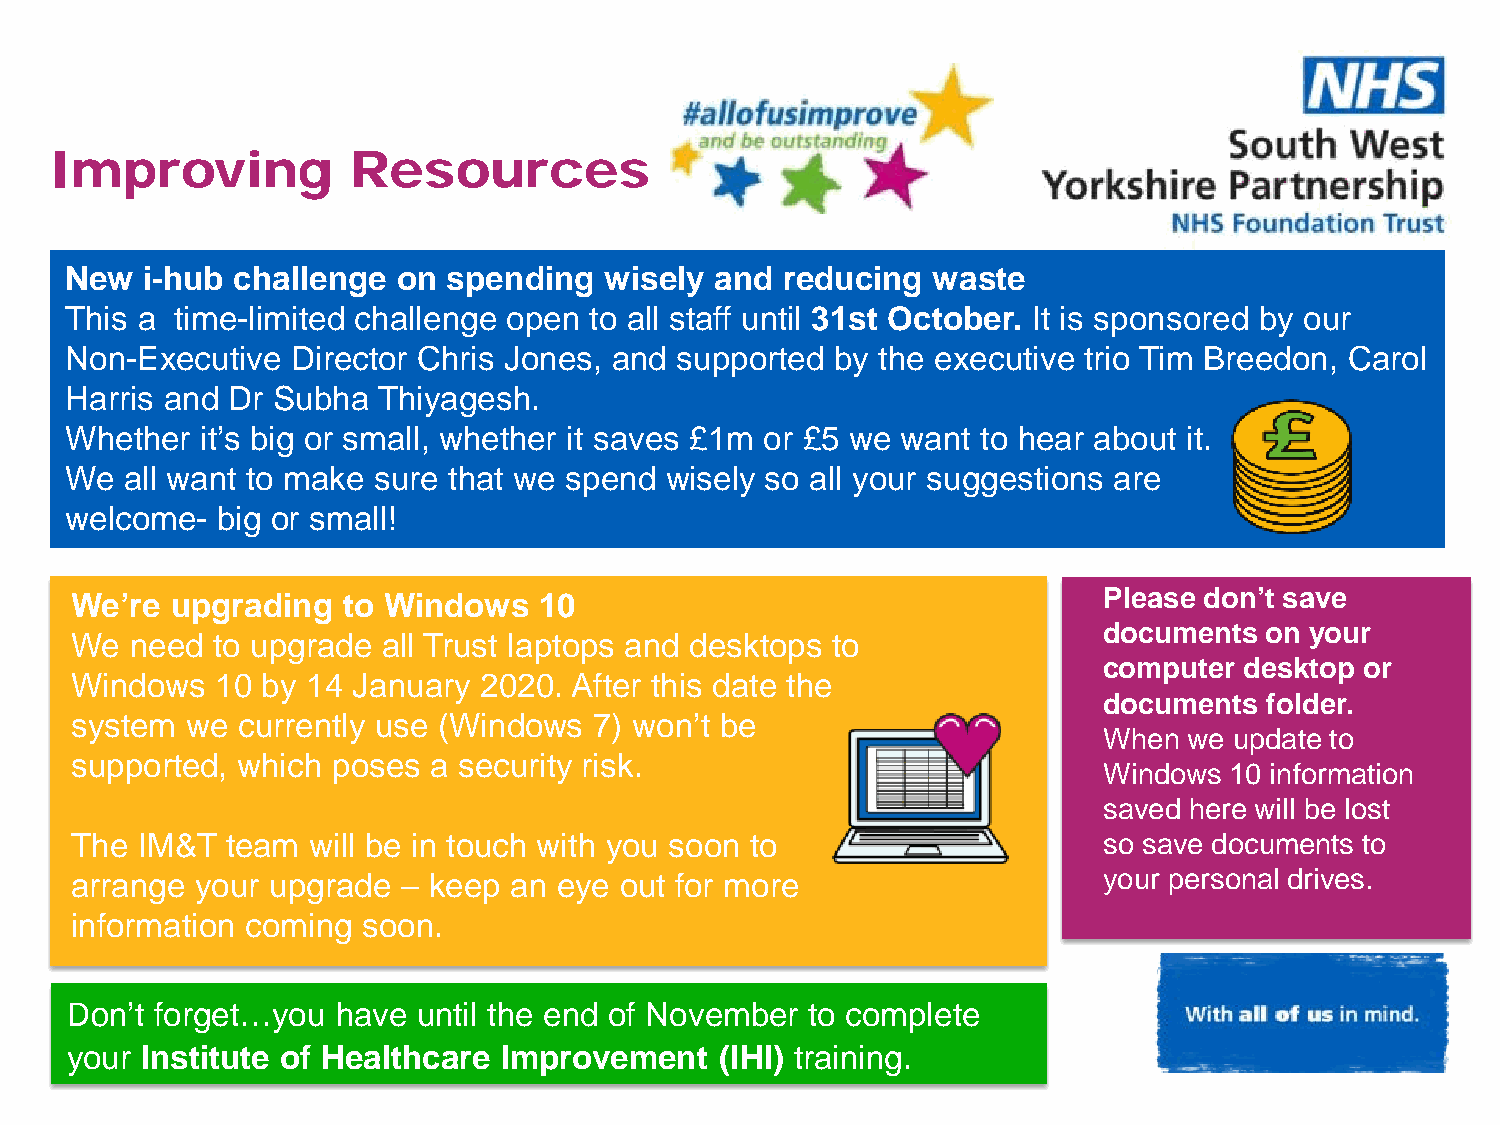
Improving           Resources
 New  i-hub  challenge on  spending  wisely and  reducing  waste
 This a  time-limited challenge open to all staff until 31st October. It is sponsored by our
 Non-Executive  Director Chris Jones, and supported by the executive trio Tim Breedon, Carol
 Harris and Dr Subha  Thiyagesh.
 Whether  it’s big or small, whether it saves £1m or £5 we want to hear about it.
 We  all want to make sure that we spend wisely so all your suggestions are
 welcome-  big or small!
 We’re upgrading   to Windows   10                                   Please don’t save
 documents  on your
 We  need to upgrade all Trust laptops and desktops to
 computer desktop or
 Windows  10 by 14 January  2020. After this date the
 documents  folder.
 system we  currently use (Windows 7) won’t be
 When  we update to
 supported, which poses a security risk.
 Windows 10 information
 saved here will be lost
 The IM&T  team  will be in touch with you soon to                   so save documents to
 arrange your upgrade  – keep an eye out for more                    your personal drives.
 information coming soon.
 Don’t forget…you  have  until the end of November to complete
 your Institute of Healthcare Improvement    (IHI) training.